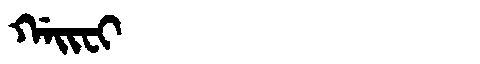
Manchu: ᡤᠠᡳᠸᡳ
Romanization: GAIFI